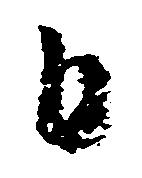
日